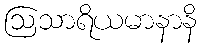
ဩသာရိယမာနာနိ